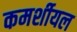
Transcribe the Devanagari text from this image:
कमर्शीयल